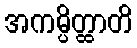
အကမ္ပိတ္ထာတိ